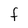
Character: f